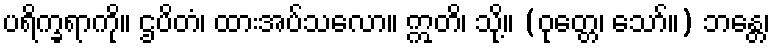
ပရိက္ခရာကို။ ဌပိတံ၊ ထားအပ်သလော။ ဣတိ၊ သို့။ (ဝုတ္တေ၊ သော်။) ဘန္တေ၊